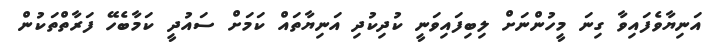
އަނިޔާވެފައިވާ ގިނަ މީހުންނަށް ލިބިފައިވަނީ ކުދިކުދި އަނިޔާތައް ކަމަށް ސައުދީ ކަމާބެހޭ ފަރާތްތަކުން